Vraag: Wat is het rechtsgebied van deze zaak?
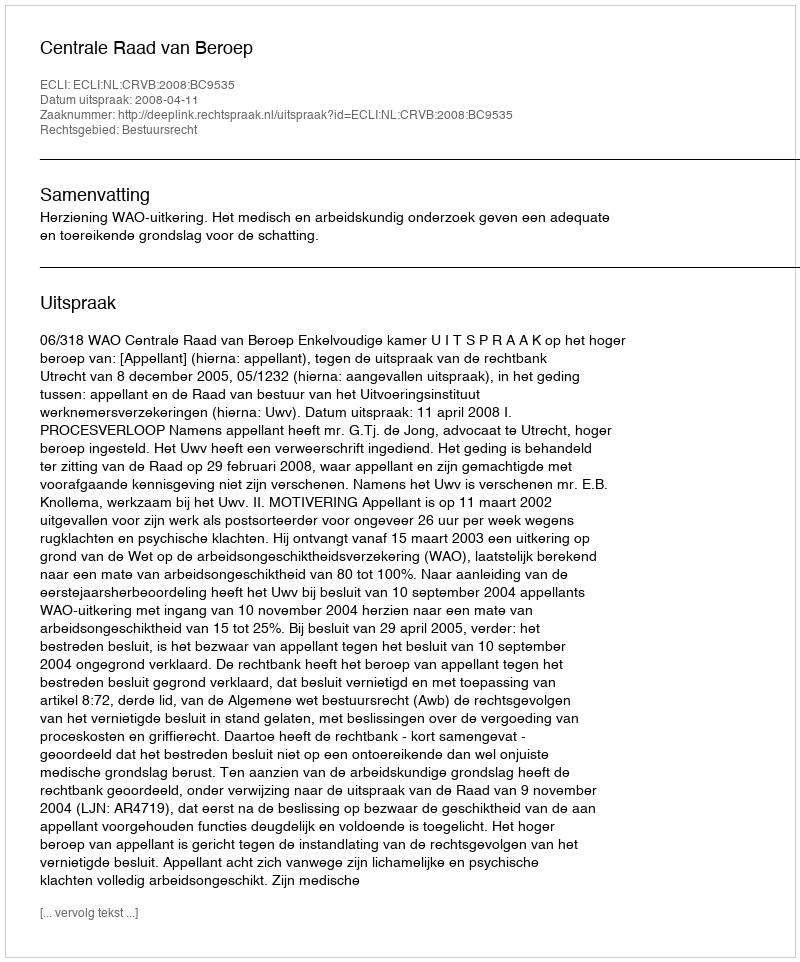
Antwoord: Bestuursrecht